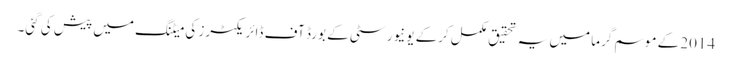
2014 کے موسم گرما میں یہ تحقیق مکمل کرکے یونیورسٹی کے بورڈ آف ڈائریکٹرز کی میٹنگ میں پیش کی گئی۔